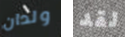
ولدان لقد